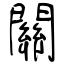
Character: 關